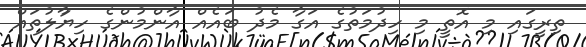
ތިރީގައި މި އޮތީ މި ހިދުމަތުގެ އަގާ މެދު ބައެއް އާންމުންގެ ހިޔުާލުތައް